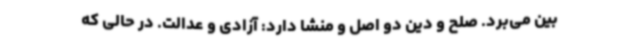
بین می‌برد. صلح و دین دو اصل و منشا دارد: آزادی و عدالت. در حالی که